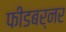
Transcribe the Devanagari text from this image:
फीडबर्नर